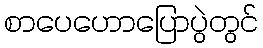
စာပေဟောပြောပွဲတွင်